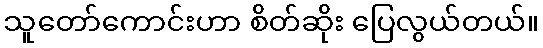
သူတော်ကောင်းဟာ စိတ်ဆိုး ပြေလွယ်တယ်။